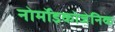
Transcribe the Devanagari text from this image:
नोर्मोइकोजेनिक